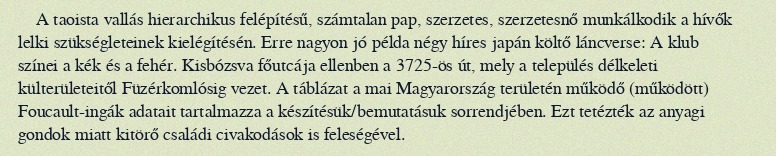
A taoista vallás hierarchikus felépítésű, számtalan pap, szerzetes, szerzetesnő munkálkodik a hívők lelki szükségleteinek kielégítésén. Erre nagyon jó példa négy híres japán költő láncverse: A klub színei a kék és a fehér. Kisbózsva főutcája ellenben a 3725-ös út, mely a település délkeleti külterületeitől Füzérkomlósig vezet. A táblázat a mai Magyarország területén működő (működött) Foucault-ingák adatait tartalmazza a készítésük/bemutatásuk sorrendjében. Ezt tetézték az anyagi gondok miatt kitörő családi civakodások is feleségével.